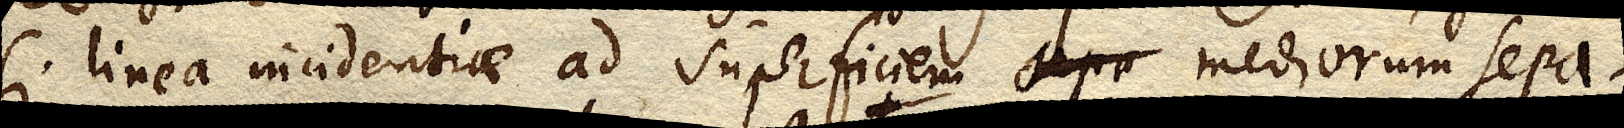
si linea incidentiae ad superficiem sepa mediorum sepa–